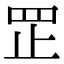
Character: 𦊆